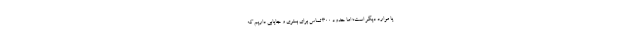
یا موارد دیگر است؛ اما حدود ۳۰۰ تماس برای بستری و جایابی داریم که